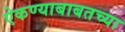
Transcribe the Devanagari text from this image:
ऐकण्याबाबतच्या